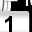
Digit: 1